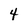
Character: 4